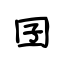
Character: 囝